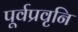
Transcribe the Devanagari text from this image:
पूर्वप्रवृनि